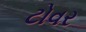
ટોવર